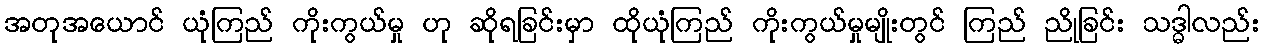
အတုအယောင် ယုံကြည် ကိုးကွယ်မှု ဟု ဆိုရခြင်းမှာ ထိုယုံကြည် ကိုးကွယ်မှုမျိုးတွင် ကြည် ညိုခြင်း သဒ္ဓါလည်း